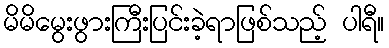
မိမိမွေးဖွားကြီးပြင်းခဲ့ရာဖြစ်သည့် ပါရီ။